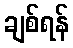
ချစ်ရန်